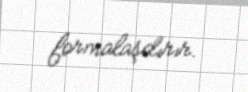
formalaşdırır.